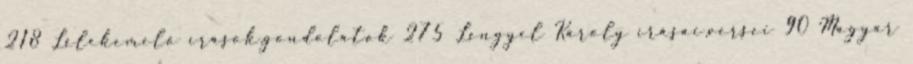
218 Lélekemelő írások,gondolatok 275 Lengyel Károly írásai,versei 90 Magyar